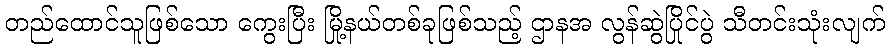
တည်ထောင်သူဖြစ်သော ကွေးပြီး မြို့နယ်တစ်ခုဖြစ်သည့် ဌာနအ လွန်ဆွဲပြိုင်ပွဲ သီတင်းသုံးလျက်